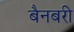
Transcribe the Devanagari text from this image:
बैनबरी